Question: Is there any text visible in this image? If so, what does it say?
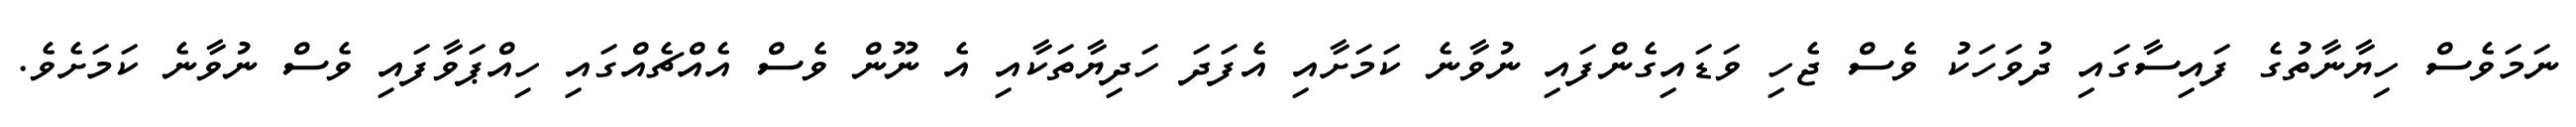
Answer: ނަމަވެސް ހިޔާނާތުގެ ފައިސާގައި ދުވަހަކު ވެސް ޖެހި ވަޑައިގެންފައި ނުވާނެ ކަމަށާއި އެފަދަ ހަދިޔާތަކާއި އެ ނޫން ވެސް އެއްޗެއްގައި ހިއްޕަވާފައި ވެސް ނުވާނެ ކަމަށެވެ.